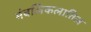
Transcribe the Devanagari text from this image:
मंबलिकलातिल